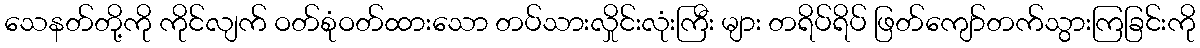
သေနတ်တို့ကို ကိုင်လျက် ဝတ်စုံဝတ်ထားသော တပ်သားလှိုင်းလုံးကြီး များ တရိပ်ရိပ် ဖြတ်ကျော်တက်သွားကြခြင်းကို